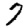
Digit: 7